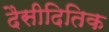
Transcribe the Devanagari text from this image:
दैसीदितिक